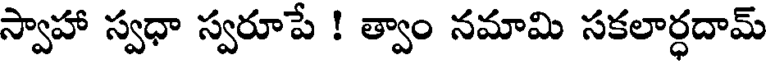
స్వాహా స్వధా స్వరూపే ! త్వాం నమామి సకలార్ధదామ్